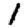
Digit: 1